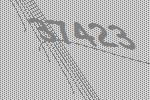
37423